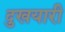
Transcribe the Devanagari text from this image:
दुखयारी